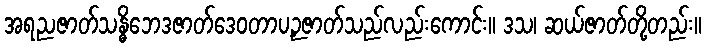
အရညဇာတ်သန္ဓိဘေဒဇာတ်ဒေဝတာပဉှဇာတ်သည်လည်းကောင်း။ ဒသ၊ ဆယ်ဇာတ်တို့တည်း။